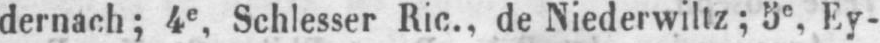
dernach; 4e, Schlesser Ric., de Niederwiltz; 5e Ey-